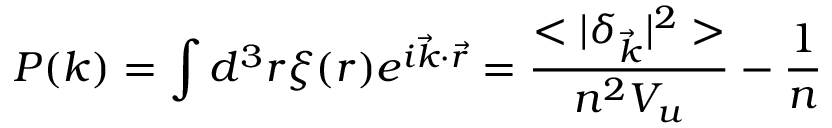
P ( k ) = \displaystyle \int d ^ { 3 } r \xi ( r ) e ^ { i \vec { k } \cdot \vec { r } } = \frac { < | \delta _ { \vec { k } } | ^ { 2 } > } { n ^ { 2 } V _ { u } } - \frac { 1 } { n }